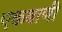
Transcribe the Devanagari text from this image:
एकबाणी